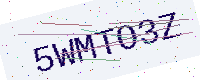
Text: 5WMTO3Z